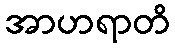
အာဟရာတိ